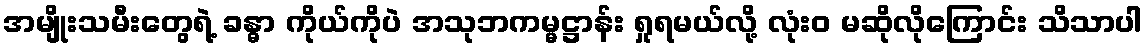
အမျိုးသမီးတွေရဲ့ ခန္ဓာ ကိုယ်ကိုပဲ အသုဘကမ္မဋ္ဌာန်း ရှုရမယ်လို့ လုံးဝ မဆိုလိုကြောင်း သိသာပါ